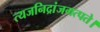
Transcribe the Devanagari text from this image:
त्यजनिद्रांजगत्पते।